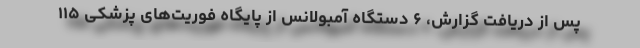
پس از دریافت گزارش، ۶ دستگاه آمبولانس از پایگاه فوریت‌های پزشکی ۱۱۵